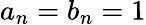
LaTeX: \textstyle a_{n}=b_{n}=1